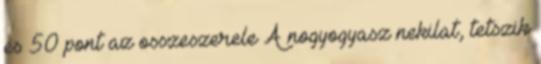
es 50 pont az osszeszerele A nogyogyasz nekilat, tetszik